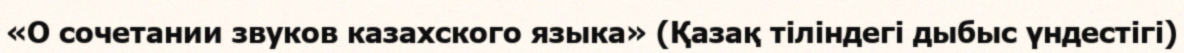
«О сочетании звуков казахского языка» (Қазақ тiлiндегi дыбыс үндестiгi)